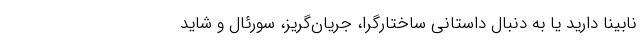
نابینا دارید یا به دنبال داستانی ساختارگرا، جریان‌گریز، سورئال و شاید